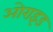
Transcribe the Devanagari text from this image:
ओराइड